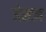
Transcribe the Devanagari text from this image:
जेस्टन